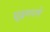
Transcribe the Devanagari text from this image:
सूक्ष्मपणे